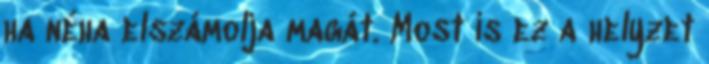
ha néha elszámolja magát. Most is ez a helyzet